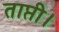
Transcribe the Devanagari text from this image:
ताप्ती।